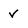
Character: v